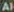
Al